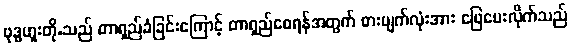
ဗုဒ္ဓဟူးတို.သည် တာရှည်ခံခြင်းကြောင့် တာရှည်စေရန်အတွက် ဓားမျက်လုံးအား ဖြေပေးလိုက်သည်